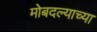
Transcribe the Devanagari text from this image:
मोबदल्याच्या